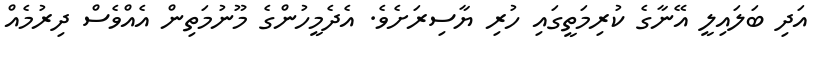
އަދި ބަލައިލީ އޭނާގެ ކުރިމަތީގައި ހުރި ޔާސިރަށެވެ. އެދެމީހުންގެ މޫނުމަތިން އެއްވެސް ދިރުމެއް